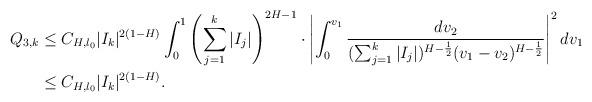
LaTeX: \begin{align*}Q_{3,k} & \leq C_{H,l_{0}}|I_{k}|^{2(1-H)}\int_{0}^{1}\left(\sum_{j=1}^k|I_{j}|\right)^{2H-1} \cdot\left|\int_{0}^{v_1}\frac{dv_2}{(\sum_{j=1}^k|I_{j}|)^{H-\frac{1}{2}}(v_1-v_2)^{H-\frac{1}{2}}}\right|^{2}dv_1\\ & \leq C_{H,l_{0}}|I_{k}|^{2(1-H)}.\end{align*}